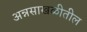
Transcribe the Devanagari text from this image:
अन्नसाखळीतील